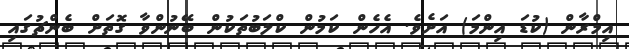
އިމްރާން (ކުޑަ އިންމަ) އަށެވެ. އެހެން ކަމުން ކްލަބުތަކުން ބޭނުންވާ ގޮތަށް ބެންޗުގައި